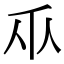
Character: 𫡑